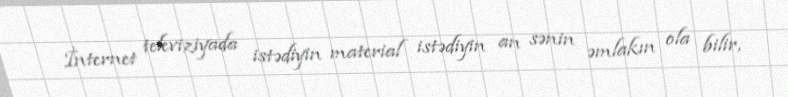
İnternet televiziyada istədiyin material istədiyin an sənin əmlakın ola bilir,